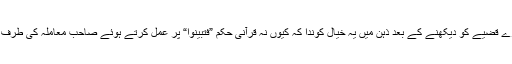
بہر کیف اس پورے قضیے کو دیکھنے کے بعد ذہن میں یہ خیال کوندا کہ کیوں نہ قرآنی حکم ”فتبینوا“ پر عمل کرتے ہوئے صاحب معاملہ کی طرف رجوع کیاجائے۔